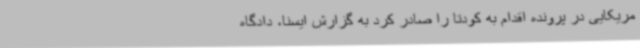
مریکایی در پرونده اقدام به کودتا را صادر کرد به گزارش ایسنا، دادگاه